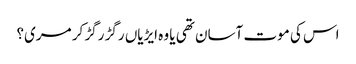
اس کی موت آسان تھی یا وہ ایڑیاں رگڑ رگڑ کر مری؟